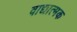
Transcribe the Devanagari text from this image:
वाद्यात्मक